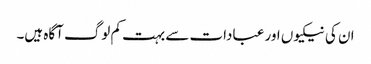
ان کی نیکیوں اور عبادات سے بہت کم لوگ آگاہ ہیں۔